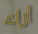
أراء